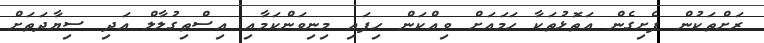
ރަށްތަކުން ފެށިގެން އަތޮޅުތަކާ ހަމައަށް ވިއްކަން ހިފައި މިނިވަންކަމާއި އިސްތިގުލާލް އަދި ސިޔާދަތަށް